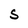
Character: S